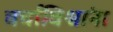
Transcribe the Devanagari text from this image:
चर्चाविश्वांना